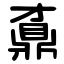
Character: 鼒